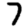
Digit: 7